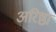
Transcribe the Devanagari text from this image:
अरिष्ठा